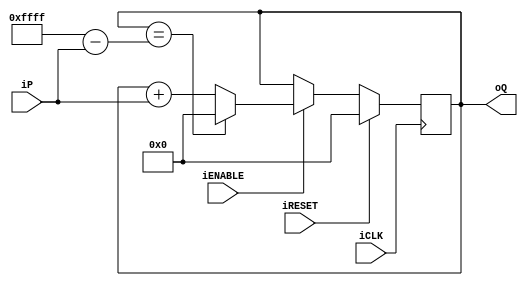
// -------------------------------------------------------------------------------------------------------------------------
// Universitat Politcnica de Valncia
// Escuela Tcnica Superior de Ingenieros de Telecomunicacin
// -------------------------------------------------------------------------------------------------------------------------
// Sistemas Digitales Programables
// Curso 2021 - 2022
// -------------------------------------------------------------------------------------------------------------------------
// Nombre del archivo: accumulator.v
//
// Descripcin: Este cdigo Verilog implementa un acumulador parametrizable en modulo y paso.
// Sus funcionalidades son:
//      - iRST_n, activo a nivel alto, sincrono.
//      - iCLK, Reloj activo por flanco de subida.
//      - iENABLE sincrono activo a nivel alto.
//      - iP, paso del acumulador.
//		- oQ, Salida del acumulador.
//
// -------------------------------------------------------------------------------------------------------------------------
//      Versin: V1.0                   | Fecha Modificacin: 19/02/2022
//
//      Autor: Jose Luis Rocabado Rocha
//	    Autor: Gianmarco Sangoi Da Roza
//
// -------------------------------------------------------------------------------------------------------------------------

module accumulator (iCLK, iRESET, iENABLE, iP, oQ);
	
	parameter n = 16; //16
	input iCLK, iRESET, iENABLE;
	input [n-1:0] iP; // Input -> Counter step
	output reg [n-1:0] oQ;

	always @(posedge iCLK)
        begin
            if (iRESET)
                oQ <= {n{1'b0}};              
            else	
                if (iENABLE == 1'b1)
                    if (oQ == {n{1'b1}} - iP)
                        oQ <= {n{1'b0}};
                    else
			oQ <= oQ + iP;
        end

endmodule